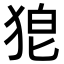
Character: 𭸎